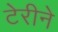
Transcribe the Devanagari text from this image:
टेरीने